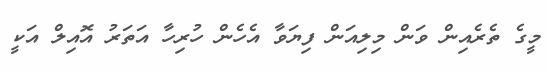
މީގެ ތެރެއިން ވަން މިލިއަން ފިޔަވާ އެހެން ހުރިހާ އަތަރު އޮއިލް އަކީ